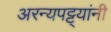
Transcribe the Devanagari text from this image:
अरन्यपट्ट्यांनी